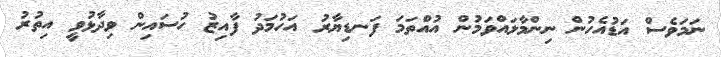
ނަމަވެސް އަޑުއެހުން ނިންމާލައްވަމުން އުއްތަމަ ފަނޑިޔާރު އަހުމަދު ފާއިޒު ހުސައިން ވިދާޅުވީ އިތުރު